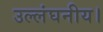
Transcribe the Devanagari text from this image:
उल्लंघनीय।